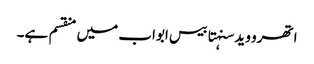
اتھرو وید سنہتا بیس ابواب میں منقسم ہے۔